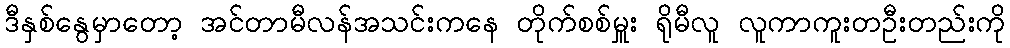
ဒီနှစ်နွေမှာတော့ အင်တာမီလန်အသင်းကနေ တိုက်စစ်မှူး ရိုမီလူ လူကာကူးတဦးတည်းကို